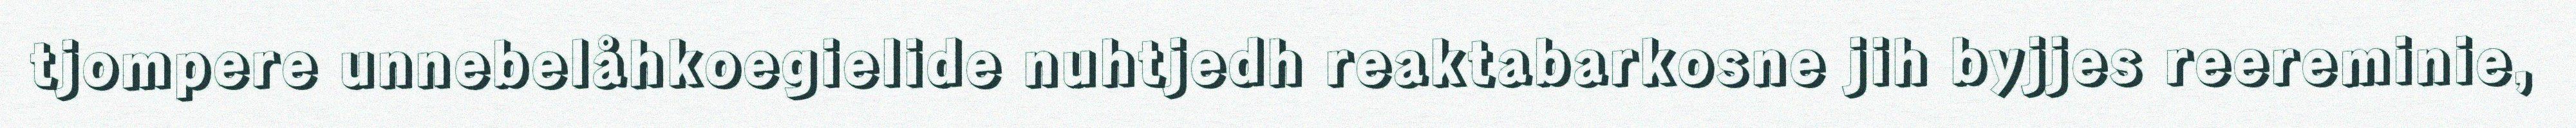
tjompere unnebelåhkoegielide nuhtjedh reaktabarkosne jih byjjes reereminie,